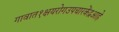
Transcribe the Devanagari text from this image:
गावात१क्षयरोगउपचारकेंद्रआहे